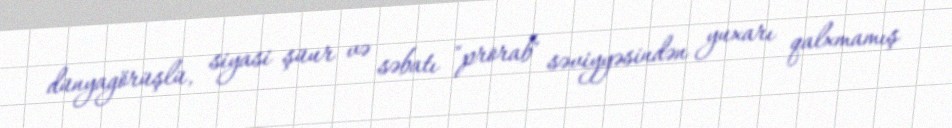
dünyagörüşlü, siyasi şüur və səbatı "prorab" səviyyəsindən yuxarı qalxmamış